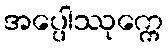
အပ္ပေါဿုက္ကေ